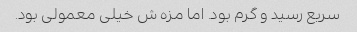
سریع رسید و گرم بود. اما مزه ش خیلی معمولی بود.